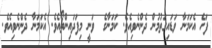
ފަހެ އެކަމަނާ ވަޑައިގަތުމުން ދެންނެވިއެވެ. ކަމަނާގެ  ވަނީ މިފަދައިންތޯއެވެ. އެކަމަނާ ދެންނެވިއެވެ.